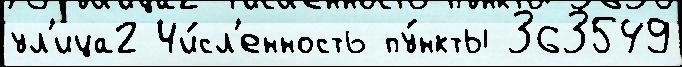
ул'ица2 Чи́сл'енность пу́нкты 363549